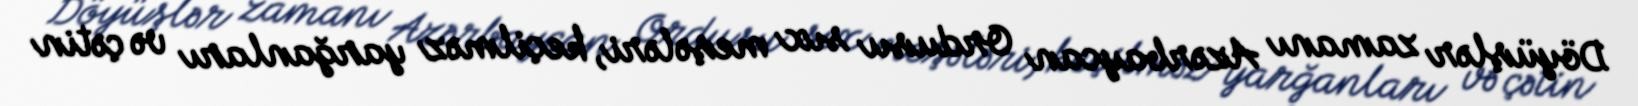
Döyüşlər zamanı Azərbaycan Ordusu sıx meşələri, keçilməz yarğanları və çətin